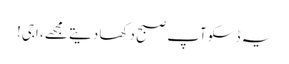
یہ ڈسکو آپ صبح دکھا دیتے مجھے، اجی!